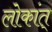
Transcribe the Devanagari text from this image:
लोकांत्‌